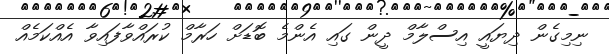
ނިމިގެން ދިޔައީ އިސްލާމް ދީން ގައި އެންމެ ބޮޑަށް ހަރާމް ކުރައްވާފައިވާ އެއްކަމެއް